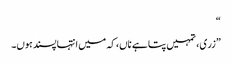
“
”زری، تمہیں پتا ہے ناں، کہ میں انتہا پسند ہوں۔